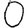
Digit: 0